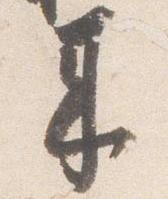
来